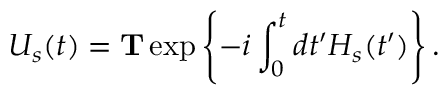
U _ { s } ( t ) = \mathbf { T } \exp \left\{ - i \int _ { 0 } ^ { t } d t ^ { \prime } H _ { s } ( t ^ { \prime } ) \right\} .